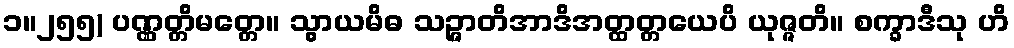
၁။၂၅၅) ပဏ္ဏတ္တိမတ္တေ။ သွာယမိဓ သဉ္ဇာတိအာဒိအတ္ထတ္တယေပိ ယုဇ္ဇတိ။ စက္ခာဒီသု ဟိ